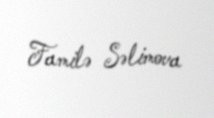
Familə Səlimova